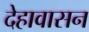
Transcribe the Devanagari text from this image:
देहावासन